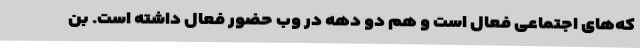
که‌های اجتماعی فعال است و هم دو دهه در وب حضور فعال داشته است. بن